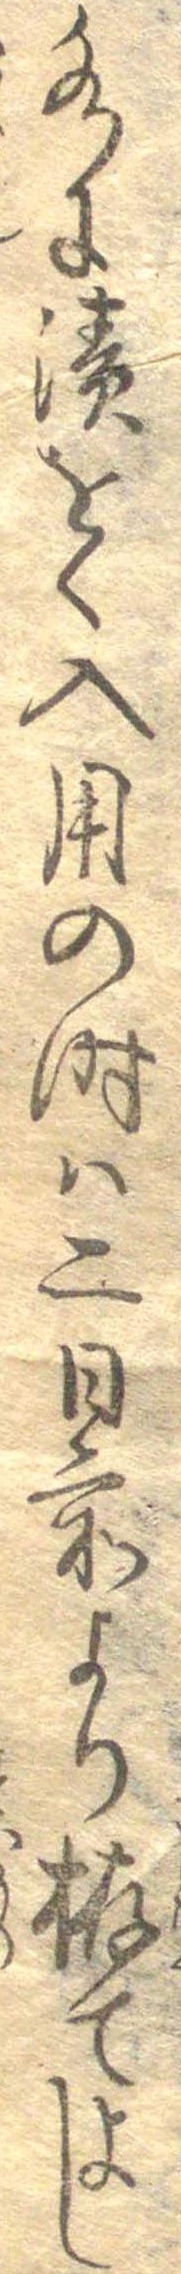
水に漬をく入用の時は二日前より拵てよし